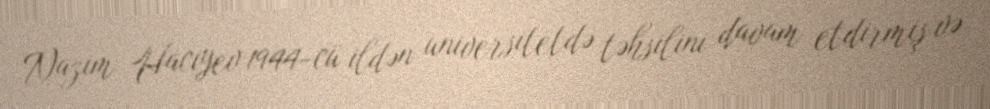
Nazim Hacıyev 1944-cü ildən universitetdə təhsilini davam etdirmiş və